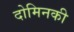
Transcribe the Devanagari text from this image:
दोमिनकी